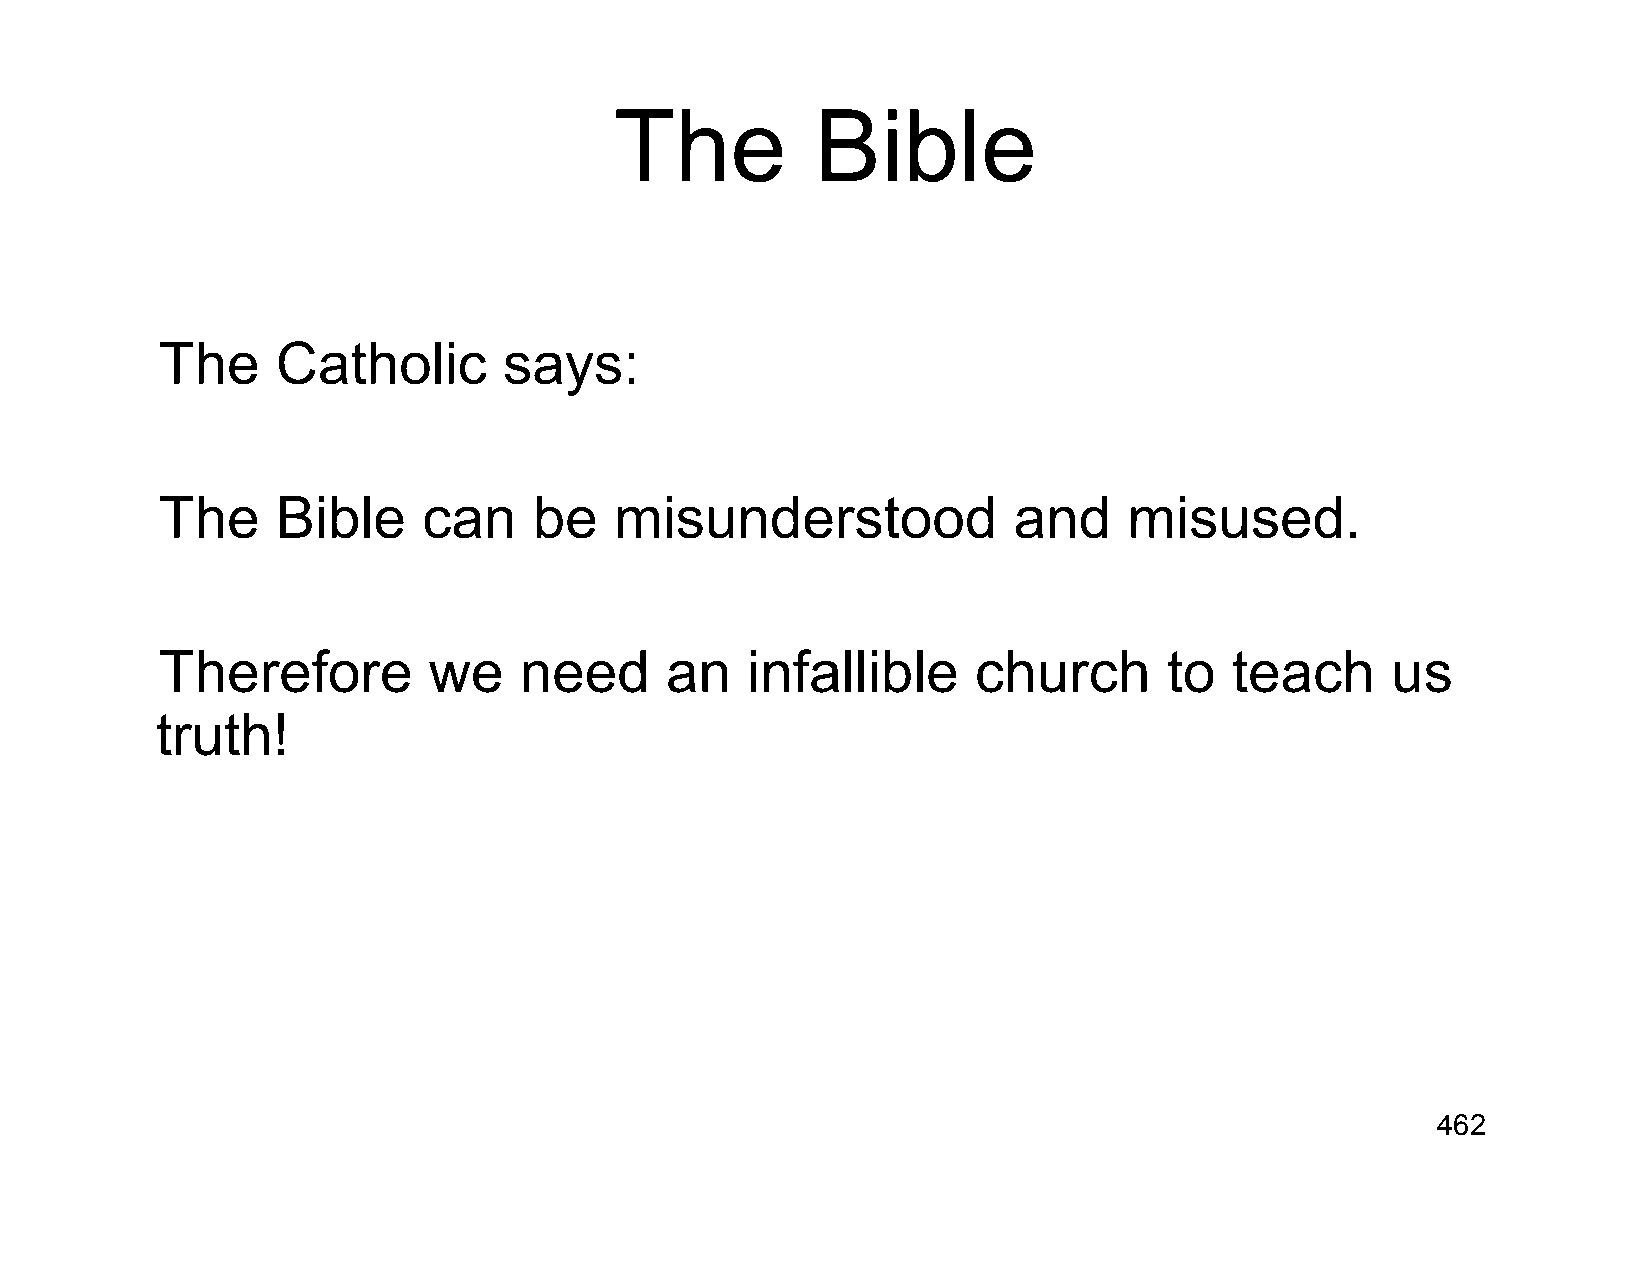
The          Bible
 The    Catholic       says:
 The    Bible     can    be    misunderstood             and     misused.
 Therefore        we    need      an   infallible      church      to   teach     us
 truth!
 462